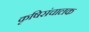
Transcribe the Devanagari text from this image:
कृषिसंचालक